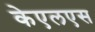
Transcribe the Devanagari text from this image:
केएलएस